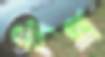
শিঙা